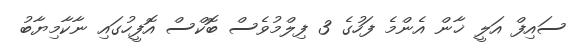
ސައިފް އަލީ ޚާން އެންމެ ފަހުގެ 3 ފިލްމުވެސް ބޮކްސް އޮފީހުގައި ނާކާމިޔާބު